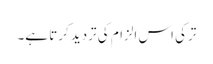
ترکی اس الزام کی تردید کرتا ہے۔